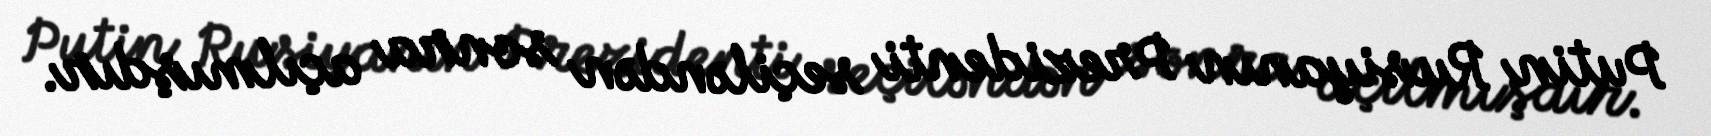
Putin Rusiyanın Prezidenti seçiləndən sonra açılmışdır.